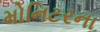
મોનિટરના